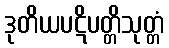
ဒုတိယပဋိပတ္တိသုတ္တံ